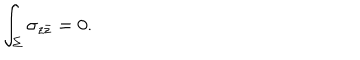
\int _ { \Sigma } \sigma _ { z \bar { z } } = 0 .